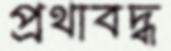
প্রথাবদ্ধ